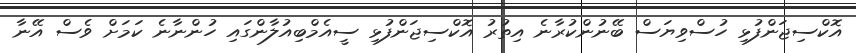
އޮކްސިޖަންފުޅި ހުސްވިޔަސް ބޭނުންކުރާނެ އިތުރު އޮކްސިޖަންފުޅި ސީއެމްބިއުލާންގައި ހުންނާނެ ކަމަށް ވެސް އޭނާ